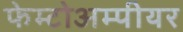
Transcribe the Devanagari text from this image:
फेम्टोअम्पीयर